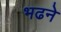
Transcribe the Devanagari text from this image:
भढने